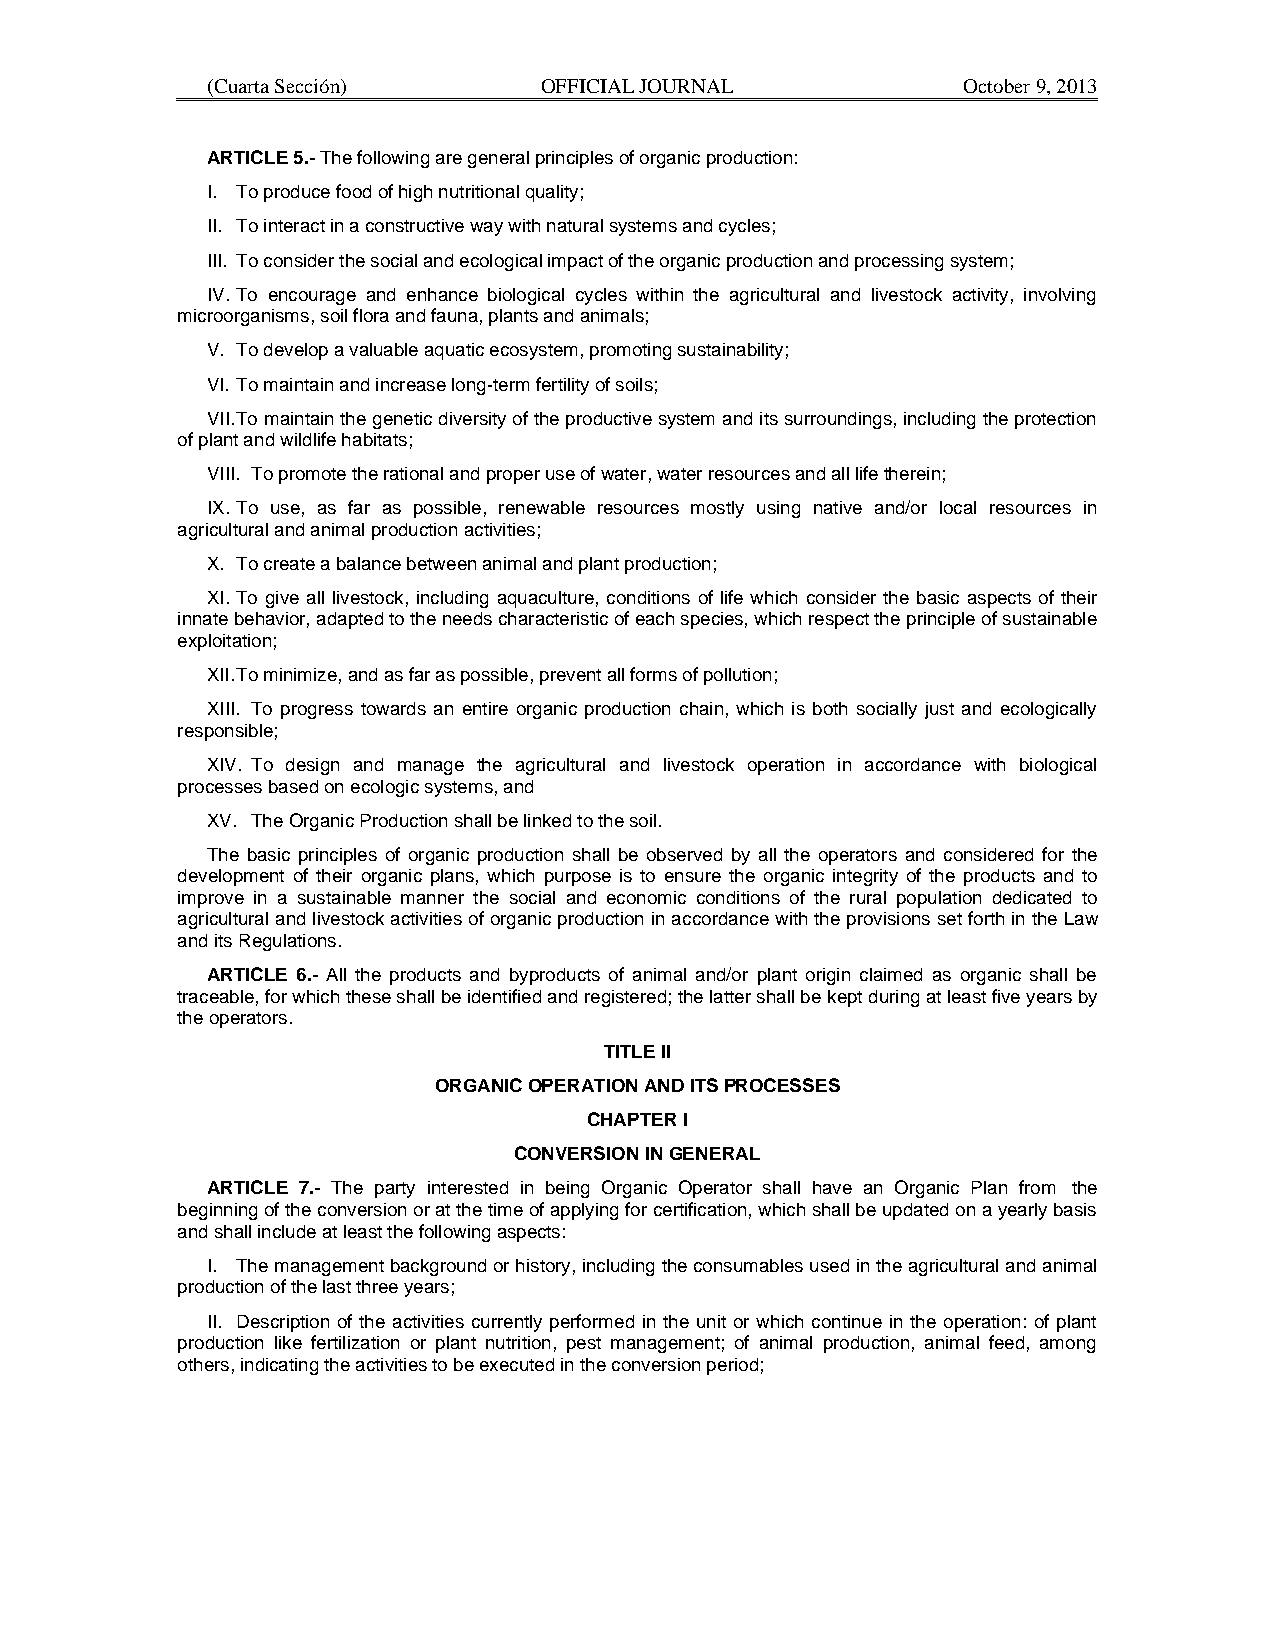
(Cuarta Sección)      OFFICIAL JOURNAL            October 9, 2013
 ARTICLE 5.- The following are general principles of organic production:
 I. To produce food of high nutritional quality;
 II. To interact in a constructive way with natural systems and cycles;
 III. To consider the social and ecological impact of the organic production and processing system;
 IV. To encourage and enhance biological cycles within the agricultural and livestock activity, involving
 microorganisms, soil flora and fauna, plants and animals;
 V. To develop a valuable aquatic ecosystem, promoting sustainability;
 VI. To maintain and increase long-term fertility of soils;
 VII. To maintain the genetic diversity of the productive system and its surroundings, including the protection
 of plant and wildlife habitats;
 VIII. To promote the rational and proper use of water, water resources and all life therein;
 IX. To use, as far as possible, renewable resources mostly using native and/or local resources in
 agricultural and animal production activities;
 X. To create a balance between animal and plant production;
 XI. To give all livestock, including aquaculture, conditions of life which consider the basic aspects of their
 innate behavior, adapted to the needs characteristic of each species, which respect the principle of sustainable
 exploitation;
 XII. To minimize, and as far as possible, prevent all forms of pollution;
 XIII. To progress towards an entire organic production chain, which is both socially just and ecologically
 responsible;
 XIV. To design and manage the agricultural and livestock operation in accordance with biological
 processes based on ecologic systems, and
 XV. The Organic Production shall be linked to the soil.
 The basic principles of organic production shall be observed by all the operators and considered for the
 development of their organic plans, which purpose is to ensure the organic integrity of the products and to
 improve in a sustainable manner the social and economic conditions of the rural population dedicated to
 agricultural and livestock activities of organic production in accordance with the provisions set forth in the Law
 and its Regulations.
 ARTICLE 6.- All the products and byproducts of animal and/or plant origin claimed as organic shall be
 traceable, for which these shall be identified and registered; the latter shall be kept during at least five years by
 the operators.
 TITLE II
 ORGANIC OPERATION AND ITS PROCESSES
 CHAPTER I
 CONVERSION IN GENERAL
 ARTICLE 7.- The party interested in being Organic Operator shall have an Organic Plan from the
 beginning of the conversion or at the time of applying for certification, which shall be updated on a yearly basis
 and shall include at least the following aspects:
 I. The management background or history, including the consumables used in the agricultural and animal
 production of the last three years;
 II. Description of the activities currently performed in the unit or which continue in the operation: of plant
 production like fertilization or plant nutrition, pest management; of animal production, animal feed, among
 others, indicating the activities to be executed in the conversion period;